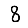
Digit: 8